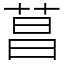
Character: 菖